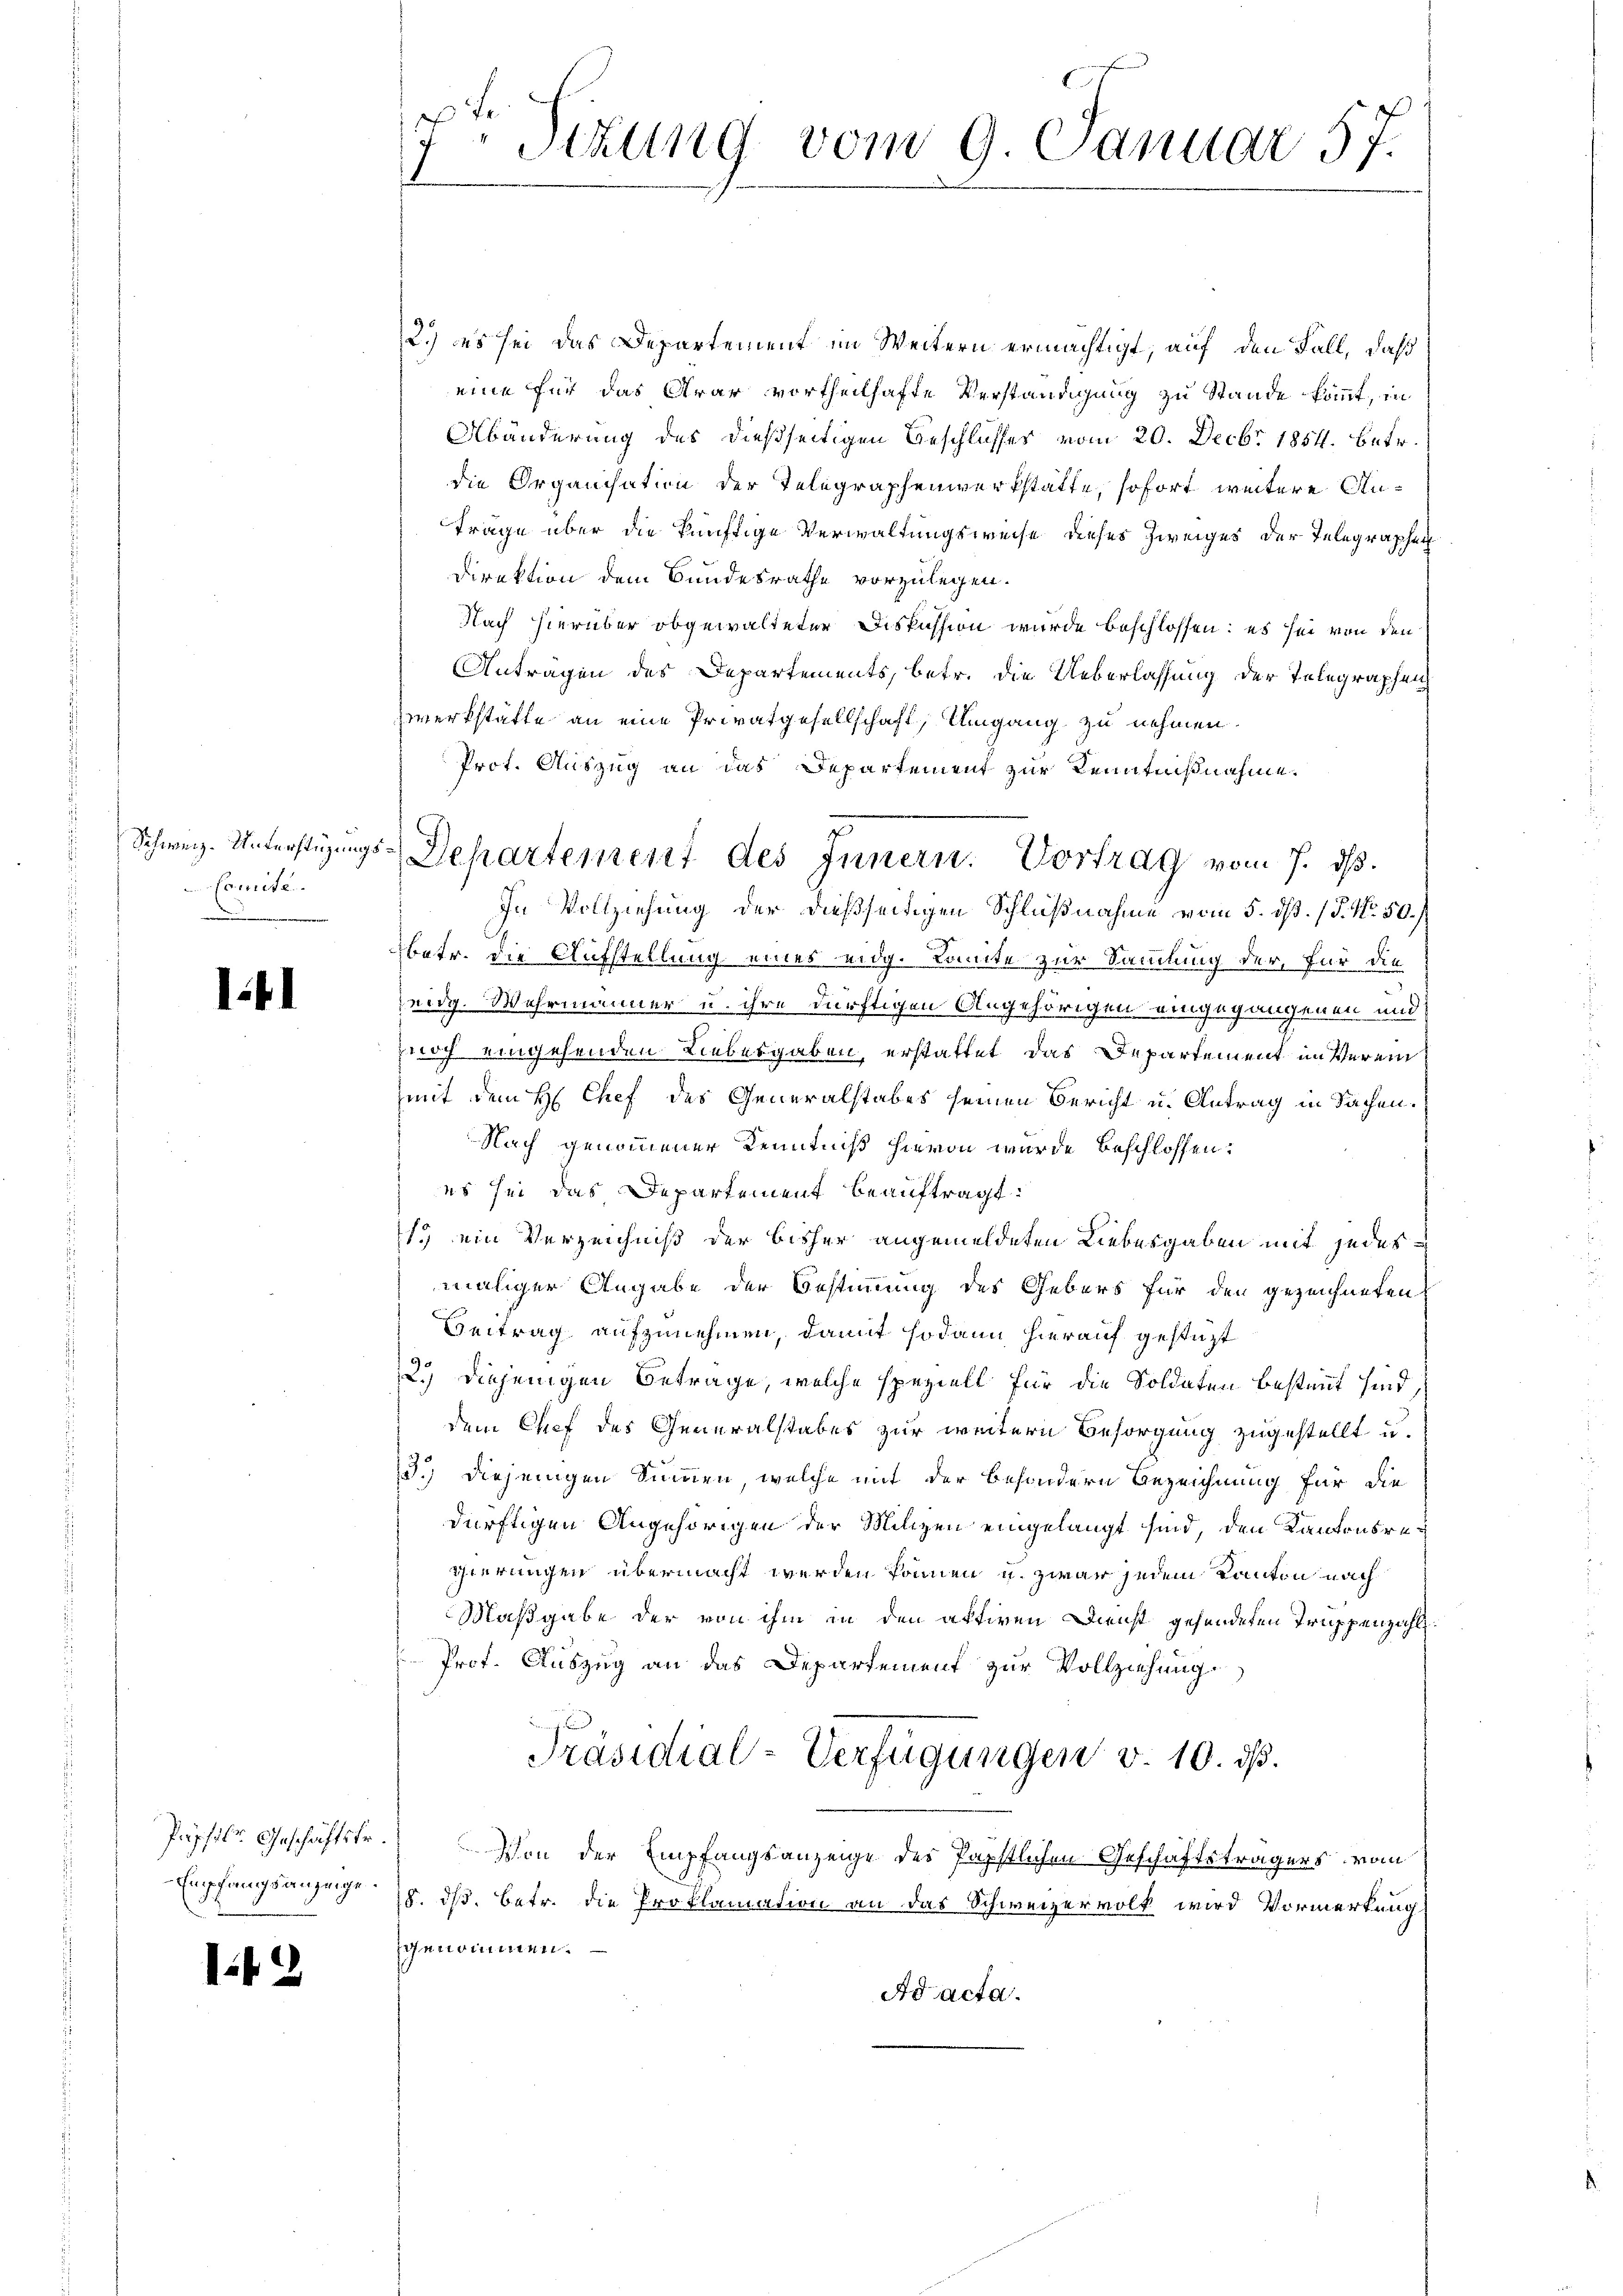
Comite.

l

1

2.) es sei das Departement im Weitern ermächtigt, auf den Fall, daß
eine für das Grar vortheilhafte Verständigung zu Stande kommt, in
Abänderung des dießseitigen Geschlusses vom 20. Decbr 1854. betr.
die Organisation der Telegraphenwerkstätte, sofort weitere An¬
Träge über die künftige Verwaltungsweise dieses Zweiges der Telegraphen
Direktion dem Bundesrathe vorzulegen.
Nach hierüber obgewalteter Diskussion wurde beschlossen: es sei von den
Anträgen des Departements, betr. die Ueberlassung der Telegraphen
werkstätte an eine Privatgesellschaft, Umgang zu nehmen.
Prot. Auszug an das Departement zur Kenntnißnahme.
In Vollziehung der dießseitigen Schlußnahme vom 5. dß. /P. Nr. 50.
betr. die Aufstellung eines eidg. Tante zur Sammlung der, für die
eidg. Wehrmänner u. ihre dürftigen Angehörigen eingegangenen und
noch eingehenden Liebesgaben, erstattet, das Departement im Vereinmit dem H Chef des Generalstabes seinen Bericht u. Antrag in Sachen.
Nach genommener Kenntniß hievon wurde beschlossen:
es sei das Departement beauftragt:
1. ein Verzeichniß der bisher angemeldeten Liebesgaben mit jedes
maliger Angabe der Bestimmung des Gebors für den gezeichneten
Beitrag aufzunehmen, damit sodann hierauf gestatt
2.) diejenigen Betrage, welche speziell für die Soldaten bestammt sind,
dem Chef des Generalstabes zur weitern Besorgung zugestellt u.
3.) diejenigen Summen, welche mit der besondern Bezeichnung für die
dürftigen Angehörigen der Milizen eingelangt sind, den Kantonsre¬
Thierungen übermacht werden können u. zwar jedem Kanton nach
Maßgabe der von ihm in den aktiven Dienst gehendeten Truppenzahl¬
Prof. Auszug an das Departement zur Vollziehung.
Präsidial-Verfügungen v. 10. ds.
Papstler Geschäftstr. Von der Empfangsanzeige des Papstlichen Geschäftsträgers vom
Empfangsanzeige 18. ds. betr. die Proklamation an das Schweizervolk wird Vormerkung
genommen.
Ad acta.

7 Sitzung vom 9. Januar 57.

7
Schweiz. Unterstüzungs-Departement des Innern. Vortrag vom 7. d.